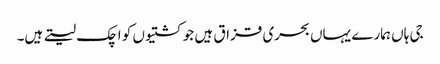
جی ہاں ہمارے یہاں بحری قزاق ہیں جو کشتیوں کو اچک لیتے ہیں۔